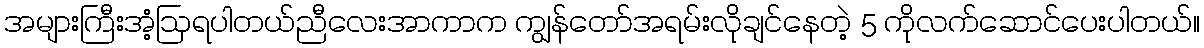
အများကြီးအံ့ဩရပါတယ်ညီလေးအာကာက ကျွန်တော်အရမ်းလိုချင်နေတဲ့ 5 ကိုလက်ဆောင်ပေးပါတယ်။